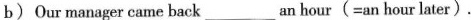
b) Our manager came back ___ an hour (=an hour later).